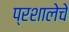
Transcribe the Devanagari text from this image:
प्रशालेचे